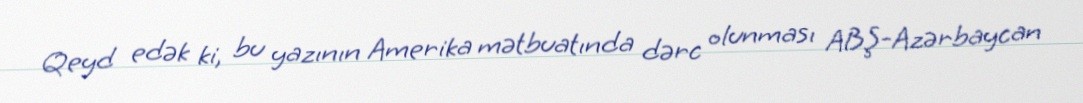
Qeyd edək ki, bu yazının Amerika mətbuatında dərc olunması ABŞ-Azərbaycan